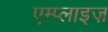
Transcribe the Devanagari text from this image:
एम्प्लाइज़